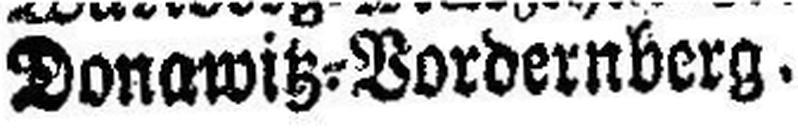
Donavitz=Vordernberg